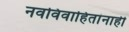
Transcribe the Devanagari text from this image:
नवविवाहितांनाही